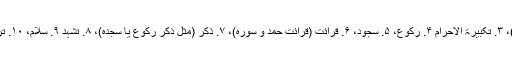
گیارہ چیزیں واجبات نماز کہلاتی ہیں: ۱. نیت، ۲. قیام (کھڑا ہونا)، ۳. تکبیرۃ الاحرام ۴. رکوع، ۵. سجود، ۶. قرائت (قرائت حمد و سورہ)، ۷. ذکر (مثل ذکر رکوع یا سجدہ)، ۸. تشہد ۹. سلام، ۱۰. ترتیب ۱۱. موالات (یعنی نماز کے اجزا کو پے در پے انجام دینا)۔